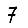
Digit: 7